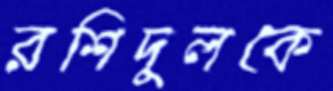
রশিদুলকে